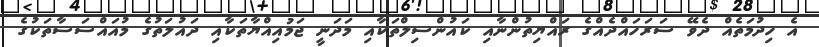
އެ ހިދުމަތެއް ދެވޭ ސަރަހައްދެއްގެ ރައްޔިތުންނާއި ކައުންސިލްތަކާއި މަދަނީ ޖަމުއިއްޔާތަކާއި ދައުލަތުގެ މުއައްސަސާތަކުގެ